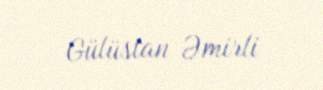
Gülüstan Əmirli